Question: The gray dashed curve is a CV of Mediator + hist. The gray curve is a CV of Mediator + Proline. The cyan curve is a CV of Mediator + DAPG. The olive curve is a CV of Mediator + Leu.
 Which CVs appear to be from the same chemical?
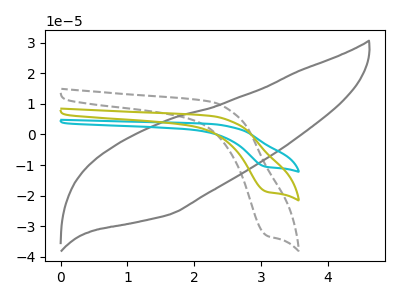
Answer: <think>The gray dashed curve "Mediator + hist" has a cathodic peak at: (3.10V, -33.05uA). The gray curve "Mediator + Proline" has no peaks. The cyan curve "Mediator + DAPG" has a cathodic peak at: (3.10V, -37.45uA). The olive curve "Mediator + Leu" has a cathodic peak at: (3.10V, -18.70uA).
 "Mediator + hist" and "Mediator + Proline" have a different number of peaks. All the peaks in "Mediator + hist" have a peak in "Mediator + DAPG" at the same potential. Every peak in "Mediator + hist" is lower than every peak in "Mediator + DAPG". All the peaks in "Mediator + hist" have a peak in "Mediator + Leu" at the same potential. Every peak in "Mediator + hist" is higher than every peak in "Mediator + Leu". "Mediator + Proline" and "Mediator + DAPG" have a different number of peaks. "Mediator + Proline" and "Mediator + Leu" have a different number of peaks. All the peaks in "Mediator + DAPG" have a peak in "Mediator + Leu" at the same potential. Every peak in "Mediator + DAPG" is higher than every peak in "Mediator + Leu".</think>
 <answer>"Mediator + hist", "Mediator + DAPG" and "Mediator + Leu" have the same shape and are likely CV's of the same chemical.</answer>
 <eval>"Mediator + hist" "Mediator + DAPG" "Mediator + Leu"</eval>